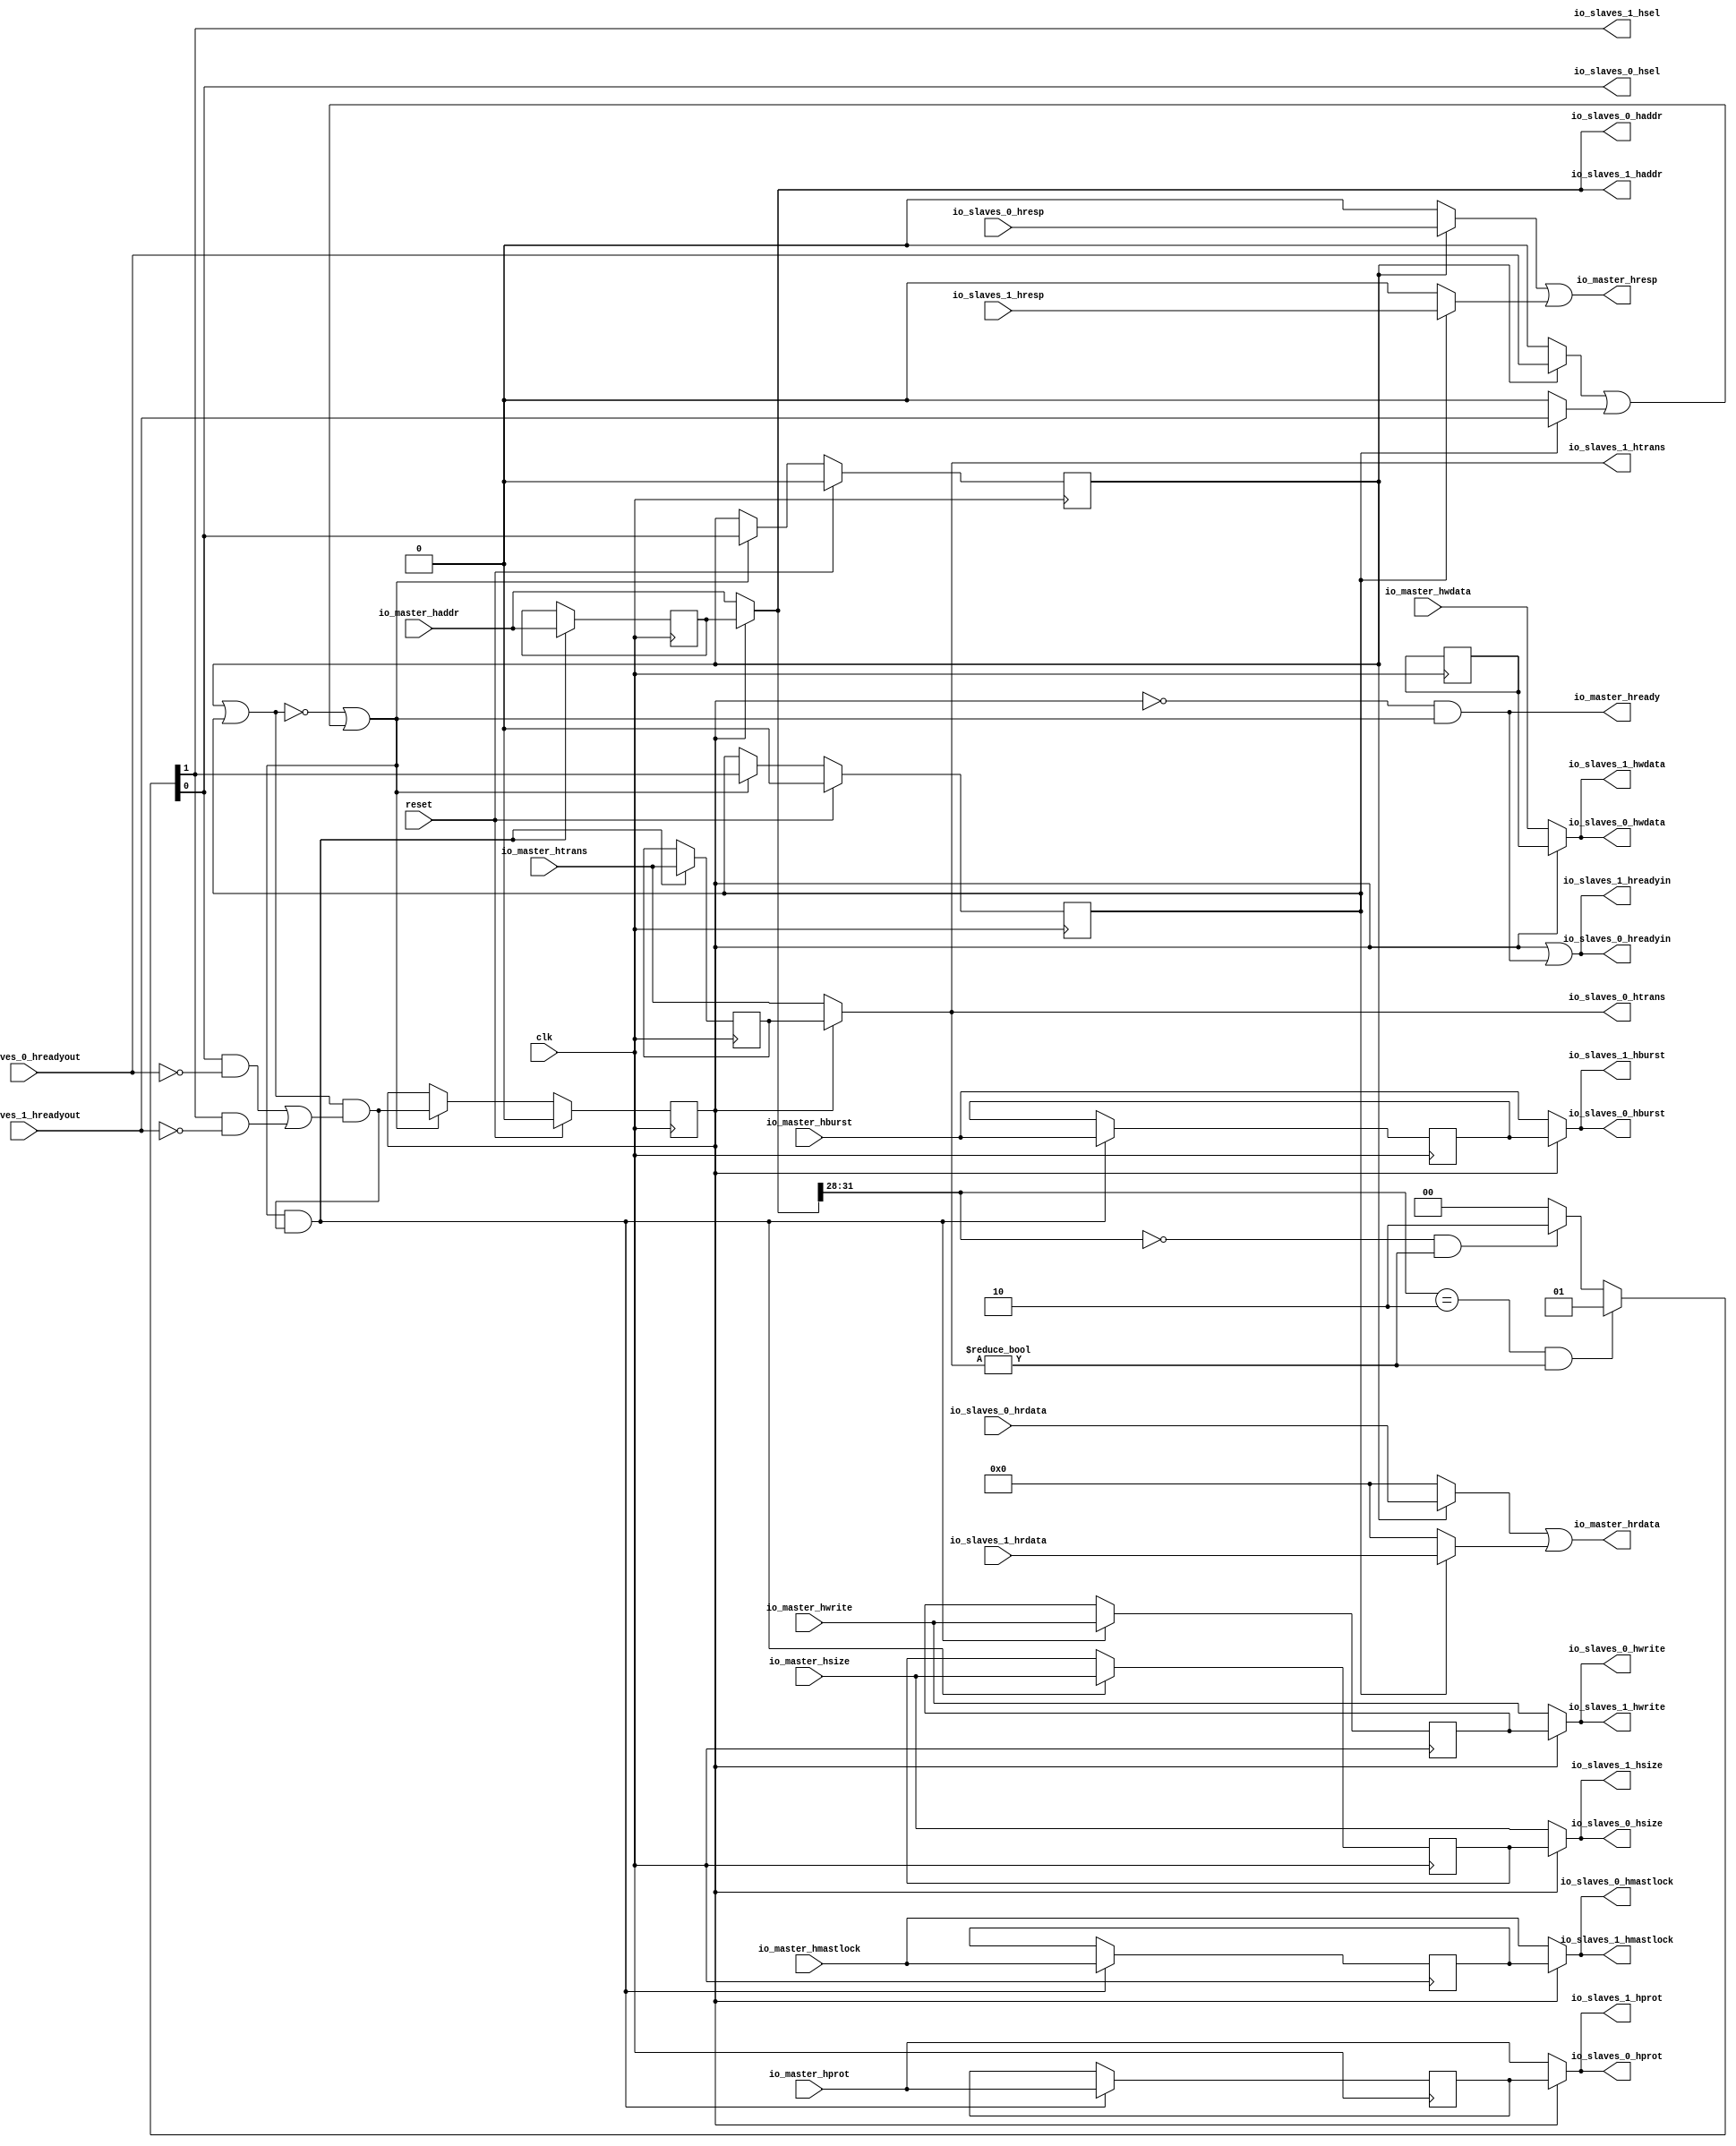
module HastiBus(input clk, input reset,
    input [31:0] io_master_haddr,
    input  io_master_hwrite,
    input [2:0] io_master_hsize,
    input [2:0] io_master_hburst,
    input [3:0] io_master_hprot,
    input [1:0] io_master_htrans,
    input  io_master_hmastlock,
    input [31:0] io_master_hwdata,
    output[31:0] io_master_hrdata,
    output io_master_hready,
    output io_master_hresp,
    output[31:0] io_slaves_1_haddr,
    output io_slaves_1_hwrite,
    output[2:0] io_slaves_1_hsize,
    output[2:0] io_slaves_1_hburst,
    output[3:0] io_slaves_1_hprot,
    output[1:0] io_slaves_1_htrans,
    output io_slaves_1_hmastlock,
    output[31:0] io_slaves_1_hwdata,
    input [31:0] io_slaves_1_hrdata,
    output io_slaves_1_hsel,
    output io_slaves_1_hreadyin,
    input  io_slaves_1_hreadyout,
    input  io_slaves_1_hresp,
    output[31:0] io_slaves_0_haddr,
    output io_slaves_0_hwrite,
    output[2:0] io_slaves_0_hsize,
    output[2:0] io_slaves_0_hburst,
    output[3:0] io_slaves_0_hprot,
    output[1:0] io_slaves_0_htrans,
    output io_slaves_0_hmastlock,
    output[31:0] io_slaves_0_hwdata,
    input [31:0] io_slaves_0_hrdata,
    output io_slaves_0_hsel,
    output io_slaves_0_hreadyin,
    input  io_slaves_0_hreadyout,
    input  io_slaves_0_hresp
);

  wire T0;
  reg  skb_valid;
  wire T47;
  wire T1;
  wire T2;
  wire T3;
  wire T4;
  wire T5;
  wire T6;
  wire[1:0] T7;
  wire[1:0] T8;
  wire T9;
  wire T10;
  wire[1:0] master_htrans;
  reg [1:0] skb_htrans;
  wire[1:0] T11;
  wire T12;
  wire T13;
  wire[3:0] T14;
  wire[31:0] master_haddr;
  reg [31:0] skb_haddr;
  wire[31:0] T15;
  wire T16;
  wire T17;
  wire T18;
  wire[3:0] T19;
  wire T20;
  wire T21;
  wire T22;
  wire T23;
  reg  R24;
  wire T48;
  wire T25;
  reg  R26;
  wire T49;
  wire T27;
  wire master_hready;
  wire T28;
  wire T29;
  wire T30;
  wire T31;
  wire T32;
  wire[31:0] master_hwdata;
  reg [31:0] skb_hwdata;
  wire master_hmastlock;
  reg  skb_hmastlock;
  wire T33;
  wire[3:0] master_hprot;
  reg [3:0] skb_hprot;
  wire[3:0] T34;
  wire[2:0] master_hburst;
  reg [2:0] skb_hburst;
  wire[2:0] T35;
  wire[2:0] master_hsize;
  reg [2:0] skb_hsize;
  wire[2:0] T36;
  wire master_hwrite;
  reg  skb_hwrite;
  wire T37;
  wire T38;
  wire T39;
  wire T40;
  wire T41;
  wire T42;
  wire T43;
  wire[31:0] T44;
  wire[31:0] T45;
  wire[31:0] T46;

`ifndef SYNTHESIS
// synthesis translate_off
  integer initvar;
  initial begin
    #0.002;
    skb_valid = {1{$random}};
    skb_htrans = {1{$random}};
    skb_haddr = {1{$random}};
    R24 = {1{$random}};
    R26 = {1{$random}};
    skb_hwdata = {1{$random}};
    skb_hmastlock = {1{$random}};
    skb_hprot = {1{$random}};
    skb_hburst = {1{$random}};
    skb_hsize = {1{$random}};
    skb_hwrite = {1{$random}};
  end
// synthesis translate_on
`endif

  assign io_slaves_0_hreadyin = T0;
  assign T0 = skb_valid | io_master_hready;
  assign T47 = reset ? 1'h0 : T1;
  assign T1 = master_hready ? T2 : skb_valid;
  assign T2 = T23 & T3;
  assign T3 = T20 | T4;
  assign T4 = T6 & T5;
  assign T5 = io_slaves_1_hreadyout ^ 1'h1;
  assign T6 = T7[1];
  assign T7 = T16 ? 2'h1 : T8;
  assign T8 = T9 ? 2'h2 : 2'h0;
  assign T9 = T13 & T10;
  assign T10 = master_htrans != 2'h0;
  assign master_htrans = skb_valid ? skb_htrans : io_master_htrans;
  assign T11 = T12 ? io_master_htrans : skb_htrans;
  assign T12 = master_hready & T2;
  assign T13 = T14 == 4'h0;
  assign T14 = master_haddr[31:28];
  assign master_haddr = skb_valid ? skb_haddr : io_master_haddr;
  assign T15 = T12 ? io_master_haddr : skb_haddr;
  assign T16 = T18 & T17;
  assign T17 = master_htrans != 2'h0;
  assign T18 = T19 == 4'h2;
  assign T19 = master_haddr[31:28];
  assign T20 = T22 & T21;
  assign T21 = io_slaves_0_hreadyout ^ 1'h1;
  assign T22 = T7[0];
  assign T23 = R26 | R24;
  assign T48 = reset ? 1'h0 : T25;
  assign T25 = master_hready ? T6 : R24;
  assign T49 = reset ? 1'h0 : T27;
  assign T27 = master_hready ? T22 : R26;
  assign master_hready = T31 | T28;
  assign T28 = T30 | T29;
  assign T29 = R24 ? io_slaves_1_hreadyout : 1'h0;
  assign T30 = R26 ? io_slaves_0_hreadyout : 1'h0;
  assign T31 = T32 == 1'h0;
  assign T32 = R26 | R24;
  assign io_slaves_0_hsel = T22;
  assign io_slaves_0_hwdata = master_hwdata;
  assign master_hwdata = skb_valid ? skb_hwdata : io_master_hwdata;
  assign io_slaves_0_hmastlock = master_hmastlock;
  assign master_hmastlock = skb_valid ? skb_hmastlock : io_master_hmastlock;
  assign T33 = T12 ? io_master_hmastlock : skb_hmastlock;
  assign io_slaves_0_htrans = master_htrans;
  assign io_slaves_0_hprot = master_hprot;
  assign master_hprot = skb_valid ? skb_hprot : io_master_hprot;
  assign T34 = T12 ? io_master_hprot : skb_hprot;
  assign io_slaves_0_hburst = master_hburst;
  assign master_hburst = skb_valid ? skb_hburst : io_master_hburst;
  assign T35 = T12 ? io_master_hburst : skb_hburst;
  assign io_slaves_0_hsize = master_hsize;
  assign master_hsize = skb_valid ? skb_hsize : io_master_hsize;
  assign T36 = T12 ? io_master_hsize : skb_hsize;
  assign io_slaves_0_hwrite = master_hwrite;
  assign master_hwrite = skb_valid ? skb_hwrite : io_master_hwrite;
  assign T37 = T12 ? io_master_hwrite : skb_hwrite;
  assign io_slaves_0_haddr = master_haddr;
  assign io_slaves_1_hreadyin = T38;
  assign T38 = skb_valid | io_master_hready;
  assign io_slaves_1_hsel = T6;
  assign io_slaves_1_hwdata = master_hwdata;
  assign io_slaves_1_hmastlock = master_hmastlock;
  assign io_slaves_1_htrans = master_htrans;
  assign io_slaves_1_hprot = master_hprot;
  assign io_slaves_1_hburst = master_hburst;
  assign io_slaves_1_hsize = master_hsize;
  assign io_slaves_1_hwrite = master_hwrite;
  assign io_slaves_1_haddr = master_haddr;
  assign io_master_hresp = T39;
  assign T39 = T41 | T40;
  assign T40 = R24 ? io_slaves_1_hresp : 1'h0;
  assign T41 = R26 ? io_slaves_0_hresp : 1'h0;
  assign io_master_hready = T42;
  assign T42 = T43 & master_hready;
  assign T43 = skb_valid ^ 1'h1;
  assign io_master_hrdata = T44;
  assign T44 = T46 | T45;
  assign T45 = R24 ? io_slaves_1_hrdata : 32'h0;
  assign T46 = R26 ? io_slaves_0_hrdata : 32'h0;

  always @(posedge clk) begin
    if(reset) begin
      skb_valid <= 1'h0;
    end else if(master_hready) begin
      skb_valid <= T2;
    end
    if(T12) begin
      skb_htrans <= io_master_htrans;
    end
    if(T12) begin
      skb_haddr <= io_master_haddr;
    end
    if(reset) begin
      R24 <= 1'h0;
    end else if(master_hready) begin
      R24 <= T6;
    end
    if(reset) begin
      R26 <= 1'h0;
    end else if(master_hready) begin
      R26 <= T22;
    end
    skb_hwdata <= skb_hwdata;
    if(T12) begin
      skb_hmastlock <= io_master_hmastlock;
    end
    if(T12) begin
      skb_hprot <= io_master_hprot;
    end
    if(T12) begin
      skb_hburst <= io_master_hburst;
    end
    if(T12) begin
      skb_hsize <= io_master_hsize;
    end
    if(T12) begin
      skb_hwrite <= io_master_hwrite;
    end
  end
endmodule

module HastiSlaveMux(input clk, input reset,
    input [31:0] io_ins_2_haddr,
    input  io_ins_2_hwrite,
    input [2:0] io_ins_2_hsize,
    input [2:0] io_ins_2_hburst,
    input [3:0] io_ins_2_hprot,
    input [1:0] io_ins_2_htrans,
    input  io_ins_2_hmastlock,
    input [31:0] io_ins_2_hwdata,
    output[31:0] io_ins_2_hrdata,
    input  io_ins_2_hsel,
    input  io_ins_2_hreadyin,
    output io_ins_2_hreadyout,
    output io_ins_2_hresp,
    input [31:0] io_ins_1_haddr,
    input  io_ins_1_hwrite,
    input [2:0] io_ins_1_hsize,
    input [2:0] io_ins_1_hburst,
    input [3:0] io_ins_1_hprot,
    input [1:0] io_ins_1_htrans,
    input  io_ins_1_hmastlock,
    input [31:0] io_ins_1_hwdata,
    output[31:0] io_ins_1_hrdata,
    input  io_ins_1_hsel,
    input  io_ins_1_hreadyin,
    output io_ins_1_hreadyout,
    output io_ins_1_hresp,
    input [31:0] io_ins_0_haddr,
    input  io_ins_0_hwrite,
    input [2:0] io_ins_0_hsize,
    input [2:0] io_ins_0_hburst,
    input [3:0] io_ins_0_hprot,
    input [1:0] io_ins_0_htrans,
    input  io_ins_0_hmastlock,
    input [31:0] io_ins_0_hwdata,
    output[31:0] io_ins_0_hrdata,
    input  io_ins_0_hsel,
    input  io_ins_0_hreadyin,
    output io_ins_0_hreadyout,
    output io_ins_0_hresp,
    output[31:0] io_out_haddr,
    output io_out_hwrite,
    output[2:0] io_out_hsize,
    output[2:0] io_out_hburst,
    output[3:0] io_out_hprot,
    output[1:0] io_out_htrans,
    output io_out_hmastlock,
    output[31:0] io_out_hwdata,
    input [31:0] io_out_hrdata,
    output io_out_hsel,
    output io_out_hreadyin,
    input  io_out_hreadyout,
    input  io_out_hresp
);

  wire T0;
  wire T1;
  wire[2:0] T2;
  wire[2:0] T3;
  wire[2:0] T4;
  wire requests_2;
  reg  R5;
  wire T168;
  wire T6;
  wire T7;
  wire T8;
  wire T9;
  wire T10;
  wire T11;
  wire T12;
  wire T13;
  wire T14;
  wire requests_1;
  reg  R15;
  wire T169;
  wire T16;
  wire T17;
  wire T18;
  wire T19;
  wire T20;
  wire T21;
  wire T22;
  wire T23;
  wire T24;
  wire T25;
  wire requests_0;
  reg  R26;
  wire T170;
  wire T27;
  wire T28;
  wire T29;
  wire T30;
  wire T31;
  wire T32;
  wire T33;
  wire T34;
  wire T35;
  wire T36;
  wire T37;
  wire[31:0] T38;
  wire[31:0] T39;
  reg  R40;
  wire T171;
  wire T41;
  wire[31:0] T42;
  wire[31:0] T43;
  reg  R44;
  wire T172;
  wire T45;
  wire[31:0] T46;
  reg  R47;
  wire T173;
  wire T48;
  wire T49;
  wire T50;
  wire T51;
  reg  R52;
  wire T53;
  wire T54;
  wire T55;
  wire T56;
  wire T57;
  reg  R58;
  wire T59;
  wire T60;
  wire T61;
  wire T62;
  reg  R63;
  wire T64;
  wire T65;
  wire[1:0] T66;
  wire[1:0] T67;
  wire[1:0] T68;
  reg [1:0] R69;
  wire[1:0] T70;
  wire[1:0] T71;
  wire[1:0] T72;
  wire[1:0] T73;
  reg [1:0] R74;
  wire[1:0] T75;
  wire[1:0] T76;
  wire[1:0] T77;
  reg [1:0] R78;
  wire[1:0] T79;
  wire[3:0] T80;
  wire[3:0] T81;
  wire[3:0] T82;
  reg [3:0] R83;
  wire[3:0] T84;
  wire[3:0] T85;
  wire[3:0] T86;
  wire[3:0] T87;
  reg [3:0] R88;
  wire[3:0] T89;
  wire[3:0] T90;
  wire[3:0] T91;
  reg [3:0] R92;
  wire[3:0] T93;
  wire[2:0] T94;
  wire[2:0] T95;
  wire[2:0] T96;
  reg [2:0] R97;
  wire[2:0] T98;
  wire[2:0] T99;
  wire[2:0] T100;
  wire[2:0] T101;
  reg [2:0] R102;
  wire[2:0] T103;
  wire[2:0] T104;
  wire[2:0] T105;
  reg [2:0] R106;
  wire[2:0] T107;
  wire[2:0] T108;
  wire[2:0] T109;
  wire[2:0] T110;
  reg [2:0] R111;
  wire[2:0] T112;
  wire[2:0] T113;
  wire[2:0] T114;
  wire[2:0] T115;
  reg [2:0] R116;
  wire[2:0] T117;
  wire[2:0] T118;
  wire[2:0] T119;
  reg [2:0] R120;
  wire[2:0] T121;
  wire T122;
  wire T123;
  wire T124;
  reg  R125;
  wire T126;
  wire T127;
  wire T128;
  wire T129;
  reg  R130;
  wire T131;
  wire T132;
  wire T133;
  reg  R134;
  wire T135;
  wire[31:0] T136;
  wire[31:0] T137;
  wire[31:0] T138;
  reg [31:0] R139;
  wire[31:0] T140;
  wire[31:0] T141;
  wire[31:0] T142;
  wire[31:0] T143;
  reg [31:0] R144;
  wire[31:0] T145;
  wire[31:0] T146;
  wire[31:0] T147;
  reg [31:0] R148;
  wire[31:0] T149;
  wire T150;
  wire T151;
  wire T152;
  wire T153;
  wire[31:0] T154;
  wire[31:0] T155;
  wire[31:0] T174;
  wire T156;
  wire T157;
  wire T158;
  wire T159;
  wire[31:0] T160;
  wire[31:0] T161;
  wire[31:0] T175;
  wire T162;
  wire T163;
  wire T164;
  wire T165;
  wire[31:0] T166;
  wire[31:0] T167;
  wire[31:0] T176;

`ifndef SYNTHESIS
// synthesis translate_off
  integer initvar;
  initial begin
    #0.002;
    R5 = {1{$random}};
    R15 = {1{$random}};
    R26 = {1{$random}};
    R40 = {1{$random}};
    R44 = {1{$random}};
    R47 = {1{$random}};
    R52 = {1{$random}};
    R58 = {1{$random}};
    R63 = {1{$random}};
    R69 = {1{$random}};
    R74 = {1{$random}};
    R78 = {1{$random}};
    R83 = {1{$random}};
    R88 = {1{$random}};
    R92 = {1{$random}};
    R97 = {1{$random}};
    R102 = {1{$random}};
    R106 = {1{$random}};
    R111 = {1{$random}};
    R116 = {1{$random}};
    R120 = {1{$random}};
    R125 = {1{$random}};
    R130 = {1{$random}};
    R134 = {1{$random}};
    R139 = {1{$random}};
    R144 = {1{$random}};
    R148 = {1{$random}};
  end
// synthesis translate_on
`endif

  assign io_out_hreadyin = io_out_hreadyout;
  assign io_out_hsel = T0;
  assign T0 = T37 | T1;
  assign T1 = T2[2];
  assign T2 = requests_0 ? 3'h1 : T3;
  assign T3 = requests_1 ? 3'h2 : T4;
  assign T4 = requests_2 ? 3'h4 : 3'h0;
  assign requests_2 = T14 | R5;
  assign T168 = reset ? 1'h0 : T6;
  assign T6 = T10 ? T9 : T7;
  assign T7 = T8 ? 1'h0 : R5;
  assign T8 = io_out_hreadyout & T1;
  assign T9 = io_ins_2_hsel & io_ins_2_hreadyin;
  assign T10 = io_out_hreadyout & T11;
  assign T11 = T13 & T12;
  assign T12 = R5 ^ 1'h1;
  assign T13 = T1 ^ 1'h1;
  assign T14 = io_ins_2_hsel & io_ins_2_hreadyin;
  assign requests_1 = T25 | R15;
  assign T169 = reset ? 1'h0 : T16;
  assign T16 = T21 ? T20 : T17;
  assign T17 = T18 ? 1'h0 : R15;
  assign T18 = io_out_hreadyout & T19;
  assign T19 = T2[1];
  assign T20 = io_ins_1_hsel & io_ins_1_hreadyin;
  assign T21 = io_out_hreadyout & T22;
  assign T22 = T24 & T23;
  assign T23 = R15 ^ 1'h1;
  assign T24 = T19 ^ 1'h1;
  assign T25 = io_ins_1_hsel & io_ins_1_hreadyin;
  assign requests_0 = T36 | R26;
  assign T170 = reset ? 1'h0 : T27;
  assign T27 = T32 ? T31 : T28;
  assign T28 = T29 ? 1'h0 : R26;
  assign T29 = io_out_hreadyout & T30;
  assign T30 = T2[0];
  assign T31 = io_ins_0_hsel & io_ins_0_hreadyin;
  assign T32 = io_out_hreadyout & T33;
  assign T33 = T35 & T34;
  assign T34 = R26 ^ 1'h1;
  assign T35 = T30 ^ 1'h1;
  assign T36 = io_ins_0_hsel & io_ins_0_hreadyin;
  assign T37 = T30 | T19;
  assign io_out_hwdata = T38;
  assign T38 = T42 | T39;
  assign T39 = R40 ? io_ins_2_hwdata : 32'h0;
  assign T171 = reset ? 1'h1 : T41;
  assign T41 = io_out_hreadyout ? T1 : R40;
  assign T42 = T46 | T43;
  assign T43 = R44 ? io_ins_1_hwdata : 32'h0;
  assign T172 = reset ? 1'h1 : T45;
  assign T45 = io_out_hreadyout ? T19 : R44;
  assign T46 = R47 ? io_ins_0_hwdata : 32'h0;
  assign T173 = reset ? 1'h1 : T48;
  assign T48 = io_out_hreadyout ? T30 : R47;
  assign io_out_hmastlock = T49;
  assign T49 = T55 | T50;
  assign T50 = T1 ? T51 : 1'h0;
  assign T51 = R5 ? R52 : io_ins_2_hmastlock;
  assign T53 = T54 ? io_ins_2_hmastlock : R52;
  assign T54 = T10 & T9;
  assign T55 = T61 | T56;
  assign T56 = T19 ? T57 : 1'h0;
  assign T57 = R15 ? R58 : io_ins_1_hmastlock;
  assign T59 = T60 ? io_ins_1_hmastlock : R58;
  assign T60 = T21 & T20;
  assign T61 = T30 ? T62 : 1'h0;
  assign T62 = R26 ? R63 : io_ins_0_hmastlock;
  assign T64 = T65 ? io_ins_0_hmastlock : R63;
  assign T65 = T32 & T31;
  assign io_out_htrans = T66;
  assign T66 = T71 | T67;
  assign T67 = T1 ? T68 : 2'h0;
  assign T68 = R5 ? R69 : io_ins_2_htrans;
  assign T70 = T54 ? io_ins_2_htrans : R69;
  assign T71 = T76 | T72;
  assign T72 = T19 ? T73 : 2'h0;
  assign T73 = R15 ? R74 : io_ins_1_htrans;
  assign T75 = T60 ? io_ins_1_htrans : R74;
  assign T76 = T30 ? T77 : 2'h0;
  assign T77 = R26 ? R78 : io_ins_0_htrans;
  assign T79 = T65 ? io_ins_0_htrans : R78;
  assign io_out_hprot = T80;
  assign T80 = T85 | T81;
  assign T81 = T1 ? T82 : 4'h0;
  assign T82 = R5 ? R83 : io_ins_2_hprot;
  assign T84 = T54 ? io_ins_2_hprot : R83;
  assign T85 = T90 | T86;
  assign T86 = T19 ? T87 : 4'h0;
  assign T87 = R15 ? R88 : io_ins_1_hprot;
  assign T89 = T60 ? io_ins_1_hprot : R88;
  assign T90 = T30 ? T91 : 4'h0;
  assign T91 = R26 ? R92 : io_ins_0_hprot;
  assign T93 = T65 ? io_ins_0_hprot : R92;
  assign io_out_hburst = T94;
  assign T94 = T99 | T95;
  assign T95 = T1 ? T96 : 3'h0;
  assign T96 = R5 ? R97 : io_ins_2_hburst;
  assign T98 = T54 ? io_ins_2_hburst : R97;
  assign T99 = T104 | T100;
  assign T100 = T19 ? T101 : 3'h0;
  assign T101 = R15 ? R102 : io_ins_1_hburst;
  assign T103 = T60 ? io_ins_1_hburst : R102;
  assign T104 = T30 ? T105 : 3'h0;
  assign T105 = R26 ? R106 : io_ins_0_hburst;
  assign T107 = T65 ? io_ins_0_hburst : R106;
  assign io_out_hsize = T108;
  assign T108 = T113 | T109;
  assign T109 = T1 ? T110 : 3'h0;
  assign T110 = R5 ? R111 : io_ins_2_hsize;
  assign T112 = T54 ? io_ins_2_hsize : R111;
  assign T113 = T118 | T114;
  assign T114 = T19 ? T115 : 3'h0;
  assign T115 = R15 ? R116 : io_ins_1_hsize;
  assign T117 = T60 ? io_ins_1_hsize : R116;
  assign T118 = T30 ? T119 : 3'h0;
  assign T119 = R26 ? R120 : io_ins_0_hsize;
  assign T121 = T65 ? io_ins_0_hsize : R120;
  assign io_out_hwrite = T122;
  assign T122 = T127 | T123;
  assign T123 = T1 ? T124 : 1'h0;
  assign T124 = R5 ? R125 : io_ins_2_hwrite;
  assign T126 = T54 ? io_ins_2_hwrite : R125;
  assign T127 = T132 | T128;
  assign T128 = T19 ? T129 : 1'h0;
  assign T129 = R15 ? R130 : io_ins_1_hwrite;
  assign T131 = T60 ? io_ins_1_hwrite : R130;
  assign T132 = T30 ? T133 : 1'h0;
  assign T133 = R26 ? R134 : io_ins_0_hwrite;
  assign T135 = T65 ? io_ins_0_hwrite : R134;
  assign io_out_haddr = T136;
  assign T136 = T141 | T137;
  assign T137 = T1 ? T138 : 32'h0;
  assign T138 = R5 ? R139 : io_ins_2_haddr;
  assign T140 = T54 ? io_ins_2_haddr : R139;
  assign T141 = T146 | T142;
  assign T142 = T19 ? T143 : 32'h0;
  assign T143 = R15 ? R144 : io_ins_1_haddr;
  assign T145 = T60 ? io_ins_1_haddr : R144;
  assign T146 = T30 ? T147 : 32'h0;
  assign T147 = R26 ? R148 : io_ins_0_haddr;
  assign T149 = T65 ? io_ins_0_haddr : R148;
  assign io_ins_0_hresp = T150;
  assign T150 = R47 & io_out_hresp;
  assign io_ins_0_hreadyout = T151;
  assign T151 = io_out_hreadyout & T152;
  assign T152 = T153 | R47;
  assign T153 = R26 ^ 1'h1;
  assign io_ins_0_hrdata = T154;
  assign T154 = T155 & io_out_hrdata;
  assign T155 = 32'h0 - T174;
  assign T174 = {31'h0, R47};
  assign io_ins_1_hresp = T156;
  assign T156 = R44 & io_out_hresp;
  assign io_ins_1_hreadyout = T157;
  assign T157 = io_out_hreadyout & T158;
  assign T158 = T159 | R44;
  assign T159 = R15 ^ 1'h1;
  assign io_ins_1_hrdata = T160;
  assign T160 = T161 & io_out_hrdata;
  assign T161 = 32'h0 - T175;
  assign T175 = {31'h0, R44};
  assign io_ins_2_hresp = T162;
  assign T162 = R40 & io_out_hresp;
  assign io_ins_2_hreadyout = T163;
  assign T163 = io_out_hreadyout & T164;
  assign T164 = T165 | R40;
  assign T165 = R5 ^ 1'h1;
  assign io_ins_2_hrdata = T166;
  assign T166 = T167 & io_out_hrdata;
  assign T167 = 32'h0 - T176;
  assign T176 = {31'h0, R40};

  always @(posedge clk) begin
    if(reset) begin
      R5 <= 1'h0;
    end else if(T10) begin
      R5 <= T9;
    end else if(T8) begin
      R5 <= 1'h0;
    end
    if(reset) begin
      R15 <= 1'h0;
    end else if(T21) begin
      R15 <= T20;
    end else if(T18) begin
      R15 <= 1'h0;
    end
    if(reset) begin
      R26 <= 1'h0;
    end else if(T32) begin
      R26 <= T31;
    end else if(T29) begin
      R26 <= 1'h0;
    end
    if(reset) begin
      R40 <= 1'h1;
    end else if(io_out_hreadyout) begin
      R40 <= T1;
    end
    if(reset) begin
      R44 <= 1'h1;
    end else if(io_out_hreadyout) begin
      R44 <= T19;
    end
    if(reset) begin
      R47 <= 1'h1;
    end else if(io_out_hreadyout) begin
      R47 <= T30;
    end
    if(T54) begin
      R52 <= io_ins_2_hmastlock;
    end
    if(T60) begin
      R58 <= io_ins_1_hmastlock;
    end
    if(T65) begin
      R63 <= io_ins_0_hmastlock;
    end
    if(T54) begin
      R69 <= io_ins_2_htrans;
    end
    if(T60) begin
      R74 <= io_ins_1_htrans;
    end
    if(T65) begin
      R78 <= io_ins_0_htrans;
    end
    if(T54) begin
      R83 <= io_ins_2_hprot;
    end
    if(T60) begin
      R88 <= io_ins_1_hprot;
    end
    if(T65) begin
      R92 <= io_ins_0_hprot;
    end
    if(T54) begin
      R97 <= io_ins_2_hburst;
    end
    if(T60) begin
      R102 <= io_ins_1_hburst;
    end
    if(T65) begin
      R106 <= io_ins_0_hburst;
    end
    if(T54) begin
      R111 <= io_ins_2_hsize;
    end
    if(T60) begin
      R116 <= io_ins_1_hsize;
    end
    if(T65) begin
      R120 <= io_ins_0_hsize;
    end
    if(T54) begin
      R125 <= io_ins_2_hwrite;
    end
    if(T60) begin
      R130 <= io_ins_1_hwrite;
    end
    if(T65) begin
      R134 <= io_ins_0_hwrite;
    end
    if(T54) begin
      R139 <= io_ins_2_haddr;
    end
    if(T60) begin
      R144 <= io_ins_1_haddr;
    end
    if(T65) begin
      R148 <= io_ins_0_haddr;
    end
  end
endmodule

module HastiXbar(input clk, input reset,
    input [31:0] io_masters_2_haddr,
    input  io_masters_2_hwrite,
    input [2:0] io_masters_2_hsize,
    input [2:0] io_masters_2_hburst,
    input [3:0] io_masters_2_hprot,
    input [1:0] io_masters_2_htrans,
    input  io_masters_2_hmastlock,
    input [31:0] io_masters_2_hwdata,
    output[31:0] io_masters_2_hrdata,
    output io_masters_2_hready,
    output io_masters_2_hresp,
    input [31:0] io_masters_1_haddr,
    input  io_masters_1_hwrite,
    input [2:0] io_masters_1_hsize,
    input [2:0] io_masters_1_hburst,
    input [3:0] io_masters_1_hprot,
    input [1:0] io_masters_1_htrans,
    input  io_masters_1_hmastlock,
    input [31:0] io_masters_1_hwdata,
    output[31:0] io_masters_1_hrdata,
    output io_masters_1_hready,
    output io_masters_1_hresp,
    input [31:0] io_masters_0_haddr,
    input  io_masters_0_hwrite,
    input [2:0] io_masters_0_hsize,
    input [2:0] io_masters_0_hburst,
    input [3:0] io_masters_0_hprot,
    input [1:0] io_masters_0_htrans,
    input  io_masters_0_hmastlock,
    input [31:0] io_masters_0_hwdata,
    output[31:0] io_masters_0_hrdata,
    output io_masters_0_hready,
    output io_masters_0_hresp,
    output[31:0] io_slaves_1_haddr,
    output io_slaves_1_hwrite,
    output[2:0] io_slaves_1_hsize,
    output[2:0] io_slaves_1_hburst,
    output[3:0] io_slaves_1_hprot,
    output[1:0] io_slaves_1_htrans,
    output io_slaves_1_hmastlock,
    output[31:0] io_slaves_1_hwdata,
    input [31:0] io_slaves_1_hrdata,
    output io_slaves_1_hsel,
    output io_slaves_1_hreadyin,
    input  io_slaves_1_hreadyout,
    input  io_slaves_1_hresp,
    output[31:0] io_slaves_0_haddr,
    output io_slaves_0_hwrite,
    output[2:0] io_slaves_0_hsize,
    output[2:0] io_slaves_0_hburst,
    output[3:0] io_slaves_0_hprot,
    output[1:0] io_slaves_0_htrans,
    output io_slaves_0_hmastlock,
    output[31:0] io_slaves_0_hwdata,
    input [31:0] io_slaves_0_hrdata,
    output io_slaves_0_hsel,
    output io_slaves_0_hreadyin,
    input  io_slaves_0_hreadyout,
    input  io_slaves_0_hresp
);

  wire[31:0] HastiBus_io_master_hrdata;
  wire HastiBus_io_master_hready;
  wire HastiBus_io_master_hresp;
  wire[31:0] HastiBus_io_slaves_1_haddr;
  wire HastiBus_io_slaves_1_hwrite;
  wire[2:0] HastiBus_io_slaves_1_hsize;
  wire[2:0] HastiBus_io_slaves_1_hburst;
  wire[3:0] HastiBus_io_slaves_1_hprot;
  wire[1:0] HastiBus_io_slaves_1_htrans;
  wire HastiBus_io_slaves_1_hmastlock;
  wire[31:0] HastiBus_io_slaves_1_hwdata;
  wire HastiBus_io_slaves_1_hsel;
  wire HastiBus_io_slaves_1_hreadyin;
  wire[31:0] HastiBus_io_slaves_0_haddr;
  wire HastiBus_io_slaves_0_hwrite;
  wire[2:0] HastiBus_io_slaves_0_hsize;
  wire[2:0] HastiBus_io_slaves_0_hburst;
  wire[3:0] HastiBus_io_slaves_0_hprot;
  wire[1:0] HastiBus_io_slaves_0_htrans;
  wire HastiBus_io_slaves_0_hmastlock;
  wire[31:0] HastiBus_io_slaves_0_hwdata;
  wire HastiBus_io_slaves_0_hsel;
  wire HastiBus_io_slaves_0_hreadyin;
  wire[31:0] HastiBus_1_io_master_hrdata;
  wire HastiBus_1_io_master_hready;
  wire HastiBus_1_io_master_hresp;
  wire[31:0] HastiBus_1_io_slaves_1_haddr;
  wire HastiBus_1_io_slaves_1_hwrite;
  wire[2:0] HastiBus_1_io_slaves_1_hsize;
  wire[2:0] HastiBus_1_io_slaves_1_hburst;
  wire[3:0] HastiBus_1_io_slaves_1_hprot;
  wire[1:0] HastiBus_1_io_slaves_1_htrans;
  wire HastiBus_1_io_slaves_1_hmastlock;
  wire[31:0] HastiBus_1_io_slaves_1_hwdata;
  wire HastiBus_1_io_slaves_1_hsel;
  wire HastiBus_1_io_slaves_1_hreadyin;
  wire[31:0] HastiBus_1_io_slaves_0_haddr;
  wire HastiBus_1_io_slaves_0_hwrite;
  wire[2:0] HastiBus_1_io_slaves_0_hsize;
  wire[2:0] HastiBus_1_io_slaves_0_hburst;
  wire[3:0] HastiBus_1_io_slaves_0_hprot;
  wire[1:0] HastiBus_1_io_slaves_0_htrans;
  wire HastiBus_1_io_slaves_0_hmastlock;
  wire[31:0] HastiBus_1_io_slaves_0_hwdata;
  wire HastiBus_1_io_slaves_0_hsel;
  wire HastiBus_1_io_slaves_0_hreadyin;
  wire[31:0] HastiBus_2_io_master_hrdata;
  wire HastiBus_2_io_master_hready;
  wire HastiBus_2_io_master_hresp;
  wire[31:0] HastiBus_2_io_slaves_1_haddr;
  wire HastiBus_2_io_slaves_1_hwrite;
  wire[2:0] HastiBus_2_io_slaves_1_hsize;
  wire[2:0] HastiBus_2_io_slaves_1_hburst;
  wire[3:0] HastiBus_2_io_slaves_1_hprot;
  wire[1:0] HastiBus_2_io_slaves_1_htrans;
  wire HastiBus_2_io_slaves_1_hmastlock;
  wire[31:0] HastiBus_2_io_slaves_1_hwdata;
  wire HastiBus_2_io_slaves_1_hsel;
  wire HastiBus_2_io_slaves_1_hreadyin;
  wire[31:0] HastiBus_2_io_slaves_0_haddr;
  wire HastiBus_2_io_slaves_0_hwrite;
  wire[2:0] HastiBus_2_io_slaves_0_hsize;
  wire[2:0] HastiBus_2_io_slaves_0_hburst;
  wire[3:0] HastiBus_2_io_slaves_0_hprot;
  wire[1:0] HastiBus_2_io_slaves_0_htrans;
  wire HastiBus_2_io_slaves_0_hmastlock;
  wire[31:0] HastiBus_2_io_slaves_0_hwdata;
  wire HastiBus_2_io_slaves_0_hsel;
  wire HastiBus_2_io_slaves_0_hreadyin;
  wire[31:0] HastiSlaveMux_io_ins_2_hrdata;
  wire HastiSlaveMux_io_ins_2_hreadyout;
  wire HastiSlaveMux_io_ins_2_hresp;
  wire[31:0] HastiSlaveMux_io_ins_1_hrdata;
  wire HastiSlaveMux_io_ins_1_hreadyout;
  wire HastiSlaveMux_io_ins_1_hresp;
  wire[31:0] HastiSlaveMux_io_ins_0_hrdata;
  wire HastiSlaveMux_io_ins_0_hreadyout;
  wire HastiSlaveMux_io_ins_0_hresp;
  wire[31:0] HastiSlaveMux_io_out_haddr;
  wire HastiSlaveMux_io_out_hwrite;
  wire[2:0] HastiSlaveMux_io_out_hsize;
  wire[2:0] HastiSlaveMux_io_out_hburst;
  wire[3:0] HastiSlaveMux_io_out_hprot;
  wire[1:0] HastiSlaveMux_io_out_htrans;
  wire HastiSlaveMux_io_out_hmastlock;
  wire[31:0] HastiSlaveMux_io_out_hwdata;
  wire HastiSlaveMux_io_out_hsel;
  wire HastiSlaveMux_io_out_hreadyin;
  wire[31:0] HastiSlaveMux_1_io_ins_2_hrdata;
  wire HastiSlaveMux_1_io_ins_2_hreadyout;
  wire HastiSlaveMux_1_io_ins_2_hresp;
  wire[31:0] HastiSlaveMux_1_io_ins_1_hrdata;
  wire HastiSlaveMux_1_io_ins_1_hreadyout;
  wire HastiSlaveMux_1_io_ins_1_hresp;
  wire[31:0] HastiSlaveMux_1_io_ins_0_hrdata;
  wire HastiSlaveMux_1_io_ins_0_hreadyout;
  wire HastiSlaveMux_1_io_ins_0_hresp;
  wire[31:0] HastiSlaveMux_1_io_out_haddr;
  wire HastiSlaveMux_1_io_out_hwrite;
  wire[2:0] HastiSlaveMux_1_io_out_hsize;
  wire[2:0] HastiSlaveMux_1_io_out_hburst;
  wire[3:0] HastiSlaveMux_1_io_out_hprot;
  wire[1:0] HastiSlaveMux_1_io_out_htrans;
  wire HastiSlaveMux_1_io_out_hmastlock;
  wire[31:0] HastiSlaveMux_1_io_out_hwdata;
  wire HastiSlaveMux_1_io_out_hsel;
  wire HastiSlaveMux_1_io_out_hreadyin;


  assign io_slaves_0_hreadyin = HastiSlaveMux_io_out_hreadyin;
  assign io_slaves_0_hsel = HastiSlaveMux_io_out_hsel;
  assign io_slaves_0_hwdata = HastiSlaveMux_io_out_hwdata;
  assign io_slaves_0_hmastlock = HastiSlaveMux_io_out_hmastlock;
  assign io_slaves_0_htrans = HastiSlaveMux_io_out_htrans;
  assign io_slaves_0_hprot = HastiSlaveMux_io_out_hprot;
  assign io_slaves_0_hburst = HastiSlaveMux_io_out_hburst;
  assign io_slaves_0_hsize = HastiSlaveMux_io_out_hsize;
  assign io_slaves_0_hwrite = HastiSlaveMux_io_out_hwrite;
  assign io_slaves_0_haddr = HastiSlaveMux_io_out_haddr;
  assign io_slaves_1_hreadyin = HastiSlaveMux_1_io_out_hreadyin;
  assign io_slaves_1_hsel = HastiSlaveMux_1_io_out_hsel;
  assign io_slaves_1_hwdata = HastiSlaveMux_1_io_out_hwdata;
  assign io_slaves_1_hmastlock = HastiSlaveMux_1_io_out_hmastlock;
  assign io_slaves_1_htrans = HastiSlaveMux_1_io_out_htrans;
  assign io_slaves_1_hprot = HastiSlaveMux_1_io_out_hprot;
  assign io_slaves_1_hburst = HastiSlaveMux_1_io_out_hburst;
  assign io_slaves_1_hsize = HastiSlaveMux_1_io_out_hsize;
  assign io_slaves_1_hwrite = HastiSlaveMux_1_io_out_hwrite;
  assign io_slaves_1_haddr = HastiSlaveMux_1_io_out_haddr;
  assign io_masters_0_hresp = HastiBus_io_master_hresp;
  assign io_masters_0_hready = HastiBus_io_master_hready;
  assign io_masters_0_hrdata = HastiBus_io_master_hrdata;
  assign io_masters_1_hresp = HastiBus_1_io_master_hresp;
  assign io_masters_1_hready = HastiBus_1_io_master_hready;
  assign io_masters_1_hrdata = HastiBus_1_io_master_hrdata;
  assign io_masters_2_hresp = HastiBus_2_io_master_hresp;
  assign io_masters_2_hready = HastiBus_2_io_master_hready;
  assign io_masters_2_hrdata = HastiBus_2_io_master_hrdata;
  HastiBus HastiBus(.clk(clk), .reset(reset),
       .io_master_haddr( io_masters_0_haddr ),
       .io_master_hwrite( io_masters_0_hwrite ),
       .io_master_hsize( io_masters_0_hsize ),
       .io_master_hburst( io_masters_0_hburst ),
       .io_master_hprot( io_masters_0_hprot ),
       .io_master_htrans( io_masters_0_htrans ),
       .io_master_hmastlock( io_masters_0_hmastlock ),
       .io_master_hwdata( io_masters_0_hwdata ),
       .io_master_hrdata( HastiBus_io_master_hrdata ),
       .io_master_hready( HastiBus_io_master_hready ),
       .io_master_hresp( HastiBus_io_master_hresp ),
       .io_slaves_1_haddr( HastiBus_io_slaves_1_haddr ),
       .io_slaves_1_hwrite( HastiBus_io_slaves_1_hwrite ),
       .io_slaves_1_hsize( HastiBus_io_slaves_1_hsize ),
       .io_slaves_1_hburst( HastiBus_io_slaves_1_hburst ),
       .io_slaves_1_hprot( HastiBus_io_slaves_1_hprot ),
       .io_slaves_1_htrans( HastiBus_io_slaves_1_htrans ),
       .io_slaves_1_hmastlock( HastiBus_io_slaves_1_hmastlock ),
       .io_slaves_1_hwdata( HastiBus_io_slaves_1_hwdata ),
       .io_slaves_1_hrdata( HastiSlaveMux_1_io_ins_0_hrdata ),
       .io_slaves_1_hsel( HastiBus_io_slaves_1_hsel ),
       .io_slaves_1_hreadyin( HastiBus_io_slaves_1_hreadyin ),
       .io_slaves_1_hreadyout( HastiSlaveMux_1_io_ins_0_hreadyout ),
       .io_slaves_1_hresp( HastiSlaveMux_1_io_ins_0_hresp ),
       .io_slaves_0_haddr( HastiBus_io_slaves_0_haddr ),
       .io_slaves_0_hwrite( HastiBus_io_slaves_0_hwrite ),
       .io_slaves_0_hsize( HastiBus_io_slaves_0_hsize ),
       .io_slaves_0_hburst( HastiBus_io_slaves_0_hburst ),
       .io_slaves_0_hprot( HastiBus_io_slaves_0_hprot ),
       .io_slaves_0_htrans( HastiBus_io_slaves_0_htrans ),
       .io_slaves_0_hmastlock( HastiBus_io_slaves_0_hmastlock ),
       .io_slaves_0_hwdata( HastiBus_io_slaves_0_hwdata ),
       .io_slaves_0_hrdata( HastiSlaveMux_io_ins_0_hrdata ),
       .io_slaves_0_hsel( HastiBus_io_slaves_0_hsel ),
       .io_slaves_0_hreadyin( HastiBus_io_slaves_0_hreadyin ),
       .io_slaves_0_hreadyout( HastiSlaveMux_io_ins_0_hreadyout ),
       .io_slaves_0_hresp( HastiSlaveMux_io_ins_0_hresp )
  );
  HastiBus HastiBus_1(.clk(clk), .reset(reset),
       .io_master_haddr( io_masters_1_haddr ),
       .io_master_hwrite( io_masters_1_hwrite ),
       .io_master_hsize( io_masters_1_hsize ),
       .io_master_hburst( io_masters_1_hburst ),
       .io_master_hprot( io_masters_1_hprot ),
       .io_master_htrans( io_masters_1_htrans ),
       .io_master_hmastlock( io_masters_1_hmastlock ),
       .io_master_hwdata( io_masters_1_hwdata ),
       .io_master_hrdata( HastiBus_1_io_master_hrdata ),
       .io_master_hready( HastiBus_1_io_master_hready ),
       .io_master_hresp( HastiBus_1_io_master_hresp ),
       .io_slaves_1_haddr( HastiBus_1_io_slaves_1_haddr ),
       .io_slaves_1_hwrite( HastiBus_1_io_slaves_1_hwrite ),
       .io_slaves_1_hsize( HastiBus_1_io_slaves_1_hsize ),
       .io_slaves_1_hburst( HastiBus_1_io_slaves_1_hburst ),
       .io_slaves_1_hprot( HastiBus_1_io_slaves_1_hprot ),
       .io_slaves_1_htrans( HastiBus_1_io_slaves_1_htrans ),
       .io_slaves_1_hmastlock( HastiBus_1_io_slaves_1_hmastlock ),
       .io_slaves_1_hwdata( HastiBus_1_io_slaves_1_hwdata ),
       .io_slaves_1_hrdata( HastiSlaveMux_1_io_ins_1_hrdata ),
       .io_slaves_1_hsel( HastiBus_1_io_slaves_1_hsel ),
       .io_slaves_1_hreadyin( HastiBus_1_io_slaves_1_hreadyin ),
       .io_slaves_1_hreadyout( HastiSlaveMux_1_io_ins_1_hreadyout ),
       .io_slaves_1_hresp( HastiSlaveMux_1_io_ins_1_hresp ),
       .io_slaves_0_haddr( HastiBus_1_io_slaves_0_haddr ),
       .io_slaves_0_hwrite( HastiBus_1_io_slaves_0_hwrite ),
       .io_slaves_0_hsize( HastiBus_1_io_slaves_0_hsize ),
       .io_slaves_0_hburst( HastiBus_1_io_slaves_0_hburst ),
       .io_slaves_0_hprot( HastiBus_1_io_slaves_0_hprot ),
       .io_slaves_0_htrans( HastiBus_1_io_slaves_0_htrans ),
       .io_slaves_0_hmastlock( HastiBus_1_io_slaves_0_hmastlock ),
       .io_slaves_0_hwdata( HastiBus_1_io_slaves_0_hwdata ),
       .io_slaves_0_hrdata( HastiSlaveMux_io_ins_1_hrdata ),
       .io_slaves_0_hsel( HastiBus_1_io_slaves_0_hsel ),
       .io_slaves_0_hreadyin( HastiBus_1_io_slaves_0_hreadyin ),
       .io_slaves_0_hreadyout( HastiSlaveMux_io_ins_1_hreadyout ),
       .io_slaves_0_hresp( HastiSlaveMux_io_ins_1_hresp )
  );
  HastiBus HastiBus_2(.clk(clk), .reset(reset),
       .io_master_haddr( io_masters_2_haddr ),
       .io_master_hwrite( io_masters_2_hwrite ),
       .io_master_hsize( io_masters_2_hsize ),
       .io_master_hburst( io_masters_2_hburst ),
       .io_master_hprot( io_masters_2_hprot ),
       .io_master_htrans( io_masters_2_htrans ),
       .io_master_hmastlock( io_masters_2_hmastlock ),
       .io_master_hwdata( io_masters_2_hwdata ),
       .io_master_hrdata( HastiBus_2_io_master_hrdata ),
       .io_master_hready( HastiBus_2_io_master_hready ),
       .io_master_hresp( HastiBus_2_io_master_hresp ),
       .io_slaves_1_haddr( HastiBus_2_io_slaves_1_haddr ),
       .io_slaves_1_hwrite( HastiBus_2_io_slaves_1_hwrite ),
       .io_slaves_1_hsize( HastiBus_2_io_slaves_1_hsize ),
       .io_slaves_1_hburst( HastiBus_2_io_slaves_1_hburst ),
       .io_slaves_1_hprot( HastiBus_2_io_slaves_1_hprot ),
       .io_slaves_1_htrans( HastiBus_2_io_slaves_1_htrans ),
       .io_slaves_1_hmastlock( HastiBus_2_io_slaves_1_hmastlock ),
       .io_slaves_1_hwdata( HastiBus_2_io_slaves_1_hwdata ),
       .io_slaves_1_hrdata( HastiSlaveMux_1_io_ins_2_hrdata ),
       .io_slaves_1_hsel( HastiBus_2_io_slaves_1_hsel ),
       .io_slaves_1_hreadyin( HastiBus_2_io_slaves_1_hreadyin ),
       .io_slaves_1_hreadyout( HastiSlaveMux_1_io_ins_2_hreadyout ),
       .io_slaves_1_hresp( HastiSlaveMux_1_io_ins_2_hresp ),
       .io_slaves_0_haddr( HastiBus_2_io_slaves_0_haddr ),
       .io_slaves_0_hwrite( HastiBus_2_io_slaves_0_hwrite ),
       .io_slaves_0_hsize( HastiBus_2_io_slaves_0_hsize ),
       .io_slaves_0_hburst( HastiBus_2_io_slaves_0_hburst ),
       .io_slaves_0_hprot( HastiBus_2_io_slaves_0_hprot ),
       .io_slaves_0_htrans( HastiBus_2_io_slaves_0_htrans ),
       .io_slaves_0_hmastlock( HastiBus_2_io_slaves_0_hmastlock ),
       .io_slaves_0_hwdata( HastiBus_2_io_slaves_0_hwdata ),
       .io_slaves_0_hrdata( HastiSlaveMux_io_ins_2_hrdata ),
       .io_slaves_0_hsel( HastiBus_2_io_slaves_0_hsel ),
       .io_slaves_0_hreadyin( HastiBus_2_io_slaves_0_hreadyin ),
       .io_slaves_0_hreadyout( HastiSlaveMux_io_ins_2_hreadyout ),
       .io_slaves_0_hresp( HastiSlaveMux_io_ins_2_hresp )
  );
  HastiSlaveMux HastiSlaveMux(.clk(clk), .reset(reset),
       .io_ins_2_haddr( HastiBus_2_io_slaves_0_haddr ),
       .io_ins_2_hwrite( HastiBus_2_io_slaves_0_hwrite ),
       .io_ins_2_hsize( HastiBus_2_io_slaves_0_hsize ),
       .io_ins_2_hburst( HastiBus_2_io_slaves_0_hburst ),
       .io_ins_2_hprot( HastiBus_2_io_slaves_0_hprot ),
       .io_ins_2_htrans( HastiBus_2_io_slaves_0_htrans ),
       .io_ins_2_hmastlock( HastiBus_2_io_slaves_0_hmastlock ),
       .io_ins_2_hwdata( HastiBus_2_io_slaves_0_hwdata ),
       .io_ins_2_hrdata( HastiSlaveMux_io_ins_2_hrdata ),
       .io_ins_2_hsel( HastiBus_2_io_slaves_0_hsel ),
       .io_ins_2_hreadyin( HastiBus_2_io_slaves_0_hreadyin ),
       .io_ins_2_hreadyout( HastiSlaveMux_io_ins_2_hreadyout ),
       .io_ins_2_hresp( HastiSlaveMux_io_ins_2_hresp ),
       .io_ins_1_haddr( HastiBus_1_io_slaves_0_haddr ),
       .io_ins_1_hwrite( HastiBus_1_io_slaves_0_hwrite ),
       .io_ins_1_hsize( HastiBus_1_io_slaves_0_hsize ),
       .io_ins_1_hburst( HastiBus_1_io_slaves_0_hburst ),
       .io_ins_1_hprot( HastiBus_1_io_slaves_0_hprot ),
       .io_ins_1_htrans( HastiBus_1_io_slaves_0_htrans ),
       .io_ins_1_hmastlock( HastiBus_1_io_slaves_0_hmastlock ),
       .io_ins_1_hwdata( HastiBus_1_io_slaves_0_hwdata ),
       .io_ins_1_hrdata( HastiSlaveMux_io_ins_1_hrdata ),
       .io_ins_1_hsel( HastiBus_1_io_slaves_0_hsel ),
       .io_ins_1_hreadyin( HastiBus_1_io_slaves_0_hreadyin ),
       .io_ins_1_hreadyout( HastiSlaveMux_io_ins_1_hreadyout ),
       .io_ins_1_hresp( HastiSlaveMux_io_ins_1_hresp ),
       .io_ins_0_haddr( HastiBus_io_slaves_0_haddr ),
       .io_ins_0_hwrite( HastiBus_io_slaves_0_hwrite ),
       .io_ins_0_hsize( HastiBus_io_slaves_0_hsize ),
       .io_ins_0_hburst( HastiBus_io_slaves_0_hburst ),
       .io_ins_0_hprot( HastiBus_io_slaves_0_hprot ),
       .io_ins_0_htrans( HastiBus_io_slaves_0_htrans ),
       .io_ins_0_hmastlock( HastiBus_io_slaves_0_hmastlock ),
       .io_ins_0_hwdata( HastiBus_io_slaves_0_hwdata ),
       .io_ins_0_hrdata( HastiSlaveMux_io_ins_0_hrdata ),
       .io_ins_0_hsel( HastiBus_io_slaves_0_hsel ),
       .io_ins_0_hreadyin( HastiBus_io_slaves_0_hreadyin ),
       .io_ins_0_hreadyout( HastiSlaveMux_io_ins_0_hreadyout ),
       .io_ins_0_hresp( HastiSlaveMux_io_ins_0_hresp ),
       .io_out_haddr( HastiSlaveMux_io_out_haddr ),
       .io_out_hwrite( HastiSlaveMux_io_out_hwrite ),
       .io_out_hsize( HastiSlaveMux_io_out_hsize ),
       .io_out_hburst( HastiSlaveMux_io_out_hburst ),
       .io_out_hprot( HastiSlaveMux_io_out_hprot ),
       .io_out_htrans( HastiSlaveMux_io_out_htrans ),
       .io_out_hmastlock( HastiSlaveMux_io_out_hmastlock ),
       .io_out_hwdata( HastiSlaveMux_io_out_hwdata ),
       .io_out_hrdata( io_slaves_0_hrdata ),
       .io_out_hsel( HastiSlaveMux_io_out_hsel ),
       .io_out_hreadyin( HastiSlaveMux_io_out_hreadyin ),
       .io_out_hreadyout( io_slaves_0_hreadyout ),
       .io_out_hresp( io_slaves_0_hresp )
  );
  HastiSlaveMux HastiSlaveMux_1(.clk(clk), .reset(reset),
       .io_ins_2_haddr( HastiBus_2_io_slaves_1_haddr ),
       .io_ins_2_hwrite( HastiBus_2_io_slaves_1_hwrite ),
       .io_ins_2_hsize( HastiBus_2_io_slaves_1_hsize ),
       .io_ins_2_hburst( HastiBus_2_io_slaves_1_hburst ),
       .io_ins_2_hprot( HastiBus_2_io_slaves_1_hprot ),
       .io_ins_2_htrans( HastiBus_2_io_slaves_1_htrans ),
       .io_ins_2_hmastlock( HastiBus_2_io_slaves_1_hmastlock ),
       .io_ins_2_hwdata( HastiBus_2_io_slaves_1_hwdata ),
       .io_ins_2_hrdata( HastiSlaveMux_1_io_ins_2_hrdata ),
       .io_ins_2_hsel( HastiBus_2_io_slaves_1_hsel ),
       .io_ins_2_hreadyin( HastiBus_2_io_slaves_1_hreadyin ),
       .io_ins_2_hreadyout( HastiSlaveMux_1_io_ins_2_hreadyout ),
       .io_ins_2_hresp( HastiSlaveMux_1_io_ins_2_hresp ),
       .io_ins_1_haddr( HastiBus_1_io_slaves_1_haddr ),
       .io_ins_1_hwrite( HastiBus_1_io_slaves_1_hwrite ),
       .io_ins_1_hsize( HastiBus_1_io_slaves_1_hsize ),
       .io_ins_1_hburst( HastiBus_1_io_slaves_1_hburst ),
       .io_ins_1_hprot( HastiBus_1_io_slaves_1_hprot ),
       .io_ins_1_htrans( HastiBus_1_io_slaves_1_htrans ),
       .io_ins_1_hmastlock( HastiBus_1_io_slaves_1_hmastlock ),
       .io_ins_1_hwdata( HastiBus_1_io_slaves_1_hwdata ),
       .io_ins_1_hrdata( HastiSlaveMux_1_io_ins_1_hrdata ),
       .io_ins_1_hsel( HastiBus_1_io_slaves_1_hsel ),
       .io_ins_1_hreadyin( HastiBus_1_io_slaves_1_hreadyin ),
       .io_ins_1_hreadyout( HastiSlaveMux_1_io_ins_1_hreadyout ),
       .io_ins_1_hresp( HastiSlaveMux_1_io_ins_1_hresp ),
       .io_ins_0_haddr( HastiBus_io_slaves_1_haddr ),
       .io_ins_0_hwrite( HastiBus_io_slaves_1_hwrite ),
       .io_ins_0_hsize( HastiBus_io_slaves_1_hsize ),
       .io_ins_0_hburst( HastiBus_io_slaves_1_hburst ),
       .io_ins_0_hprot( HastiBus_io_slaves_1_hprot ),
       .io_ins_0_htrans( HastiBus_io_slaves_1_htrans ),
       .io_ins_0_hmastlock( HastiBus_io_slaves_1_hmastlock ),
       .io_ins_0_hwdata( HastiBus_io_slaves_1_hwdata ),
       .io_ins_0_hrdata( HastiSlaveMux_1_io_ins_0_hrdata ),
       .io_ins_0_hsel( HastiBus_io_slaves_1_hsel ),
       .io_ins_0_hreadyin( HastiBus_io_slaves_1_hreadyin ),
       .io_ins_0_hreadyout( HastiSlaveMux_1_io_ins_0_hreadyout ),
       .io_ins_0_hresp( HastiSlaveMux_1_io_ins_0_hresp ),
       .io_out_haddr( HastiSlaveMux_1_io_out_haddr ),
       .io_out_hwrite( HastiSlaveMux_1_io_out_hwrite ),
       .io_out_hsize( HastiSlaveMux_1_io_out_hsize ),
       .io_out_hburst( HastiSlaveMux_1_io_out_hburst ),
       .io_out_hprot( HastiSlaveMux_1_io_out_hprot ),
       .io_out_htrans( HastiSlaveMux_1_io_out_htrans ),
       .io_out_hmastlock( HastiSlaveMux_1_io_out_hmastlock ),
       .io_out_hwdata( HastiSlaveMux_1_io_out_hwdata ),
       .io_out_hrdata( io_slaves_1_hrdata ),
       .io_out_hsel( HastiSlaveMux_1_io_out_hsel ),
       .io_out_hreadyin( HastiSlaveMux_1_io_out_hreadyin ),
       .io_out_hreadyout( io_slaves_1_hreadyout ),
       .io_out_hresp( io_slaves_1_hresp )
  );
endmodule

module Ahbmli(input clk, input reset,
    input [31:0] io_jtag_haddr,
    input  io_jtag_hwrite,
    input [2:0] io_jtag_hsize,
    input [2:0] io_jtag_hburst,
    input [3:0] io_jtag_hprot,
    input [1:0] io_jtag_htrans,
    input  io_jtag_hmastlock,
    input [31:0] io_jtag_hwdata,
    output[31:0] io_jtag_hrdata,
    output io_jtag_hready,
    output io_jtag_hresp,
    input [31:0] io_dmem_haddr,
    input  io_dmem_hwrite,
    input [2:0] io_dmem_hsize,
    input [2:0] io_dmem_hburst,
    input [3:0] io_dmem_hprot,
    input [1:0] io_dmem_htrans,
    input  io_dmem_hmastlock,
    input [31:0] io_dmem_hwdata,
    output[31:0] io_dmem_hrdata,
    output io_dmem_hready,
    output io_dmem_hresp,
    input [31:0] io_imem_haddr,
    input  io_imem_hwrite,
    input [2:0] io_imem_hsize,
    input [2:0] io_imem_hburst,
    input [3:0] io_imem_hprot,
    input [1:0] io_imem_htrans,
    input  io_imem_hmastlock,
    input [31:0] io_imem_hwdata,
    output[31:0] io_imem_hrdata,
    output io_imem_hready,
    output io_imem_hresp,
    output[31:0] io_datamem_haddr,
    output io_datamem_hwrite,
    output[2:0] io_datamem_hsize,
    output[2:0] io_datamem_hburst,
    output[3:0] io_datamem_hprot,
    output[1:0] io_datamem_htrans,
    output io_datamem_hmastlock,
    output[31:0] io_datamem_hwdata,
    input [31:0] io_datamem_hrdata,
    output io_datamem_hsel,
    output io_datamem_hreadyin,
    input  io_datamem_hreadyout,
    input  io_datamem_hresp,
    output[31:0] io_codemem_haddr,
    output io_codemem_hwrite,
    output[2:0] io_codemem_hsize,
    output[2:0] io_codemem_hburst,
    output[3:0] io_codemem_hprot,
    output[1:0] io_codemem_htrans,
    output io_codemem_hmastlock,
    output[31:0] io_codemem_hwdata,
    input [31:0] io_codemem_hrdata,
    output io_codemem_hsel,
    output io_codemem_hreadyin,
    input  io_codemem_hreadyout,
    input  io_codemem_hresp
);

  wire[31:0] xbar_io_masters_2_hrdata;
  wire xbar_io_masters_2_hready;
  wire xbar_io_masters_2_hresp;
  wire[31:0] xbar_io_masters_1_hrdata;
  wire xbar_io_masters_1_hready;
  wire xbar_io_masters_1_hresp;
  wire[31:0] xbar_io_masters_0_hrdata;
  wire xbar_io_masters_0_hready;
  wire xbar_io_masters_0_hresp;
  wire[31:0] xbar_io_slaves_1_haddr;
  wire xbar_io_slaves_1_hwrite;
  wire[2:0] xbar_io_slaves_1_hsize;
  wire[2:0] xbar_io_slaves_1_hburst;
  wire[3:0] xbar_io_slaves_1_hprot;
  wire[1:0] xbar_io_slaves_1_htrans;
  wire xbar_io_slaves_1_hmastlock;
  wire[31:0] xbar_io_slaves_1_hwdata;
  wire xbar_io_slaves_1_hsel;
  wire xbar_io_slaves_1_hreadyin;
  wire[31:0] xbar_io_slaves_0_haddr;
  wire xbar_io_slaves_0_hwrite;
  wire[2:0] xbar_io_slaves_0_hsize;
  wire[2:0] xbar_io_slaves_0_hburst;
  wire[3:0] xbar_io_slaves_0_hprot;
  wire[1:0] xbar_io_slaves_0_htrans;
  wire xbar_io_slaves_0_hmastlock;
  wire[31:0] xbar_io_slaves_0_hwdata;
  wire xbar_io_slaves_0_hsel;
  wire xbar_io_slaves_0_hreadyin;


  assign io_codemem_hreadyin = xbar_io_slaves_1_hreadyin;
  assign io_codemem_hsel = xbar_io_slaves_1_hsel;
  assign io_codemem_hwdata = xbar_io_slaves_1_hwdata;
  assign io_codemem_hmastlock = xbar_io_slaves_1_hmastlock;
  assign io_codemem_htrans = xbar_io_slaves_1_htrans;
  assign io_codemem_hprot = xbar_io_slaves_1_hprot;
  assign io_codemem_hburst = xbar_io_slaves_1_hburst;
  assign io_codemem_hsize = xbar_io_slaves_1_hsize;
  assign io_codemem_hwrite = xbar_io_slaves_1_hwrite;
  assign io_codemem_haddr = xbar_io_slaves_1_haddr;
  assign io_datamem_hreadyin = xbar_io_slaves_0_hreadyin;
  assign io_datamem_hsel = xbar_io_slaves_0_hsel;
  assign io_datamem_hwdata = xbar_io_slaves_0_hwdata;
  assign io_datamem_hmastlock = xbar_io_slaves_0_hmastlock;
  assign io_datamem_htrans = xbar_io_slaves_0_htrans;
  assign io_datamem_hprot = xbar_io_slaves_0_hprot;
  assign io_datamem_hburst = xbar_io_slaves_0_hburst;
  assign io_datamem_hsize = xbar_io_slaves_0_hsize;
  assign io_datamem_hwrite = xbar_io_slaves_0_hwrite;
  assign io_datamem_haddr = xbar_io_slaves_0_haddr;
  assign io_imem_hresp = xbar_io_masters_2_hresp;
  assign io_imem_hready = xbar_io_masters_2_hready;
  assign io_imem_hrdata = xbar_io_masters_2_hrdata;
  assign io_dmem_hresp = xbar_io_masters_1_hresp;
  assign io_dmem_hready = xbar_io_masters_1_hready;
  assign io_dmem_hrdata = xbar_io_masters_1_hrdata;
  assign io_jtag_hresp = xbar_io_masters_0_hresp;
  assign io_jtag_hready = xbar_io_masters_0_hready;
  assign io_jtag_hrdata = xbar_io_masters_0_hrdata;
  HastiXbar xbar(.clk(clk), .reset(reset),
       .io_masters_2_haddr( io_imem_haddr ),
       .io_masters_2_hwrite( io_imem_hwrite ),
       .io_masters_2_hsize( io_imem_hsize ),
       .io_masters_2_hburst( io_imem_hburst ),
       .io_masters_2_hprot( io_imem_hprot ),
       .io_masters_2_htrans( io_imem_htrans ),
       .io_masters_2_hmastlock( io_imem_hmastlock ),
       .io_masters_2_hwdata( io_imem_hwdata ),
       .io_masters_2_hrdata( xbar_io_masters_2_hrdata ),
       .io_masters_2_hready( xbar_io_masters_2_hready ),
       .io_masters_2_hresp( xbar_io_masters_2_hresp ),
       .io_masters_1_haddr( io_dmem_haddr ),
       .io_masters_1_hwrite( io_dmem_hwrite ),
       .io_masters_1_hsize( io_dmem_hsize ),
       .io_masters_1_hburst( io_dmem_hburst ),
       .io_masters_1_hprot( io_dmem_hprot ),
       .io_masters_1_htrans( io_dmem_htrans ),
       .io_masters_1_hmastlock( io_dmem_hmastlock ),
       .io_masters_1_hwdata( io_dmem_hwdata ),
       .io_masters_1_hrdata( xbar_io_masters_1_hrdata ),
       .io_masters_1_hready( xbar_io_masters_1_hready ),
       .io_masters_1_hresp( xbar_io_masters_1_hresp ),
       .io_masters_0_haddr( io_jtag_haddr ),
       .io_masters_0_hwrite( io_jtag_hwrite ),
       .io_masters_0_hsize( io_jtag_hsize ),
       .io_masters_0_hburst( io_jtag_hburst ),
       .io_masters_0_hprot( io_jtag_hprot ),
       .io_masters_0_htrans( io_jtag_htrans ),
       .io_masters_0_hmastlock( io_jtag_hmastlock ),
       .io_masters_0_hwdata( io_jtag_hwdata ),
       .io_masters_0_hrdata( xbar_io_masters_0_hrdata ),
       .io_masters_0_hready( xbar_io_masters_0_hready ),
       .io_masters_0_hresp( xbar_io_masters_0_hresp ),
       .io_slaves_1_haddr( xbar_io_slaves_1_haddr ),
       .io_slaves_1_hwrite( xbar_io_slaves_1_hwrite ),
       .io_slaves_1_hsize( xbar_io_slaves_1_hsize ),
       .io_slaves_1_hburst( xbar_io_slaves_1_hburst ),
       .io_slaves_1_hprot( xbar_io_slaves_1_hprot ),
       .io_slaves_1_htrans( xbar_io_slaves_1_htrans ),
       .io_slaves_1_hmastlock( xbar_io_slaves_1_hmastlock ),
       .io_slaves_1_hwdata( xbar_io_slaves_1_hwdata ),
       .io_slaves_1_hrdata( io_codemem_hrdata ),
       .io_slaves_1_hsel( xbar_io_slaves_1_hsel ),
       .io_slaves_1_hreadyin( xbar_io_slaves_1_hreadyin ),
       .io_slaves_1_hreadyout( io_codemem_hreadyout ),
       .io_slaves_1_hresp( io_codemem_hresp ),
       .io_slaves_0_haddr( xbar_io_slaves_0_haddr ),
       .io_slaves_0_hwrite( xbar_io_slaves_0_hwrite ),
       .io_slaves_0_hsize( xbar_io_slaves_0_hsize ),
       .io_slaves_0_hburst( xbar_io_slaves_0_hburst ),
       .io_slaves_0_hprot( xbar_io_slaves_0_hprot ),
       .io_slaves_0_htrans( xbar_io_slaves_0_htrans ),
       .io_slaves_0_hmastlock( xbar_io_slaves_0_hmastlock ),
       .io_slaves_0_hwdata( xbar_io_slaves_0_hwdata ),
       .io_slaves_0_hrdata( io_datamem_hrdata ),
       .io_slaves_0_hsel( xbar_io_slaves_0_hsel ),
       .io_slaves_0_hreadyin( xbar_io_slaves_0_hreadyin ),
       .io_slaves_0_hreadyout( io_datamem_hreadyout ),
       .io_slaves_0_hresp( io_datamem_hresp )
  );
endmodule